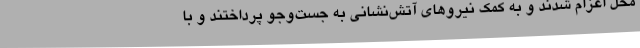
محل اعزام شدند و به کمک نیروهای آتش‌نشانی به جست‌وجو پرداختند و با